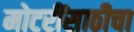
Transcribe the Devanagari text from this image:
मोटरींसाठीचा